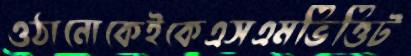
ওঠানোকেইকেএসএমভিত্তিট